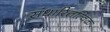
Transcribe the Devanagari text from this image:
संधारितत्विक